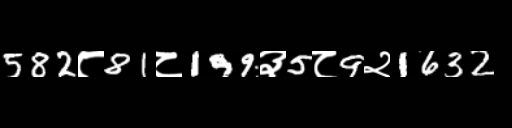
Text: 582८81८199३5८9२1632